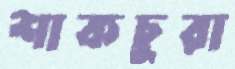
শাকচুরা